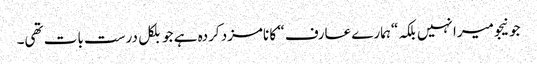
جونیجو میرا نہیں بلکہ “ہمارے عارف “ کا نامزد کردہ ہے جو بلکل درست بات تھی۔